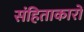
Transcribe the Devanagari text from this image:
संहिताकारों